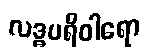
လဒ္ဓပရိဝါရော